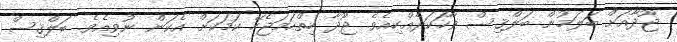
ޖޫދާއަށް ބަލަމުން ބަލްޤިސް ވާހަކަދެއްކިއެވެ. ޖޫދާ ހިތްހަމަޖެހޭ ކަމަކަށް އެކަން ނުވިއެވެ. ބަލްޤިސް